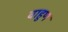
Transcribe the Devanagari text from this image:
वाहुण